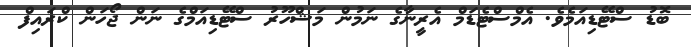
ބޮޑު ސްޓޭޑިއަމެވެ. އެމްސްޓެޑަމް އެރީނާގެ ނަމުން މަޝްހޫރު ސްޓޭޑިއަމްގެ ނަން ޖޯހަން ކްރައިފް